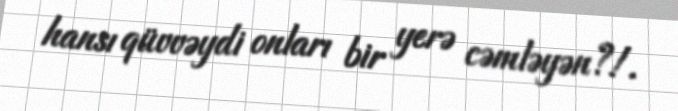
hansı qüvvəydi onları bir yerə cəmləyən?!.